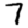
Digit: 7